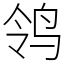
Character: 鸰